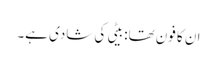
ان کا فون تھا: بیٹی کی شادی ہے۔